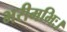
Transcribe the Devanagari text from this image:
भरीमभिः।